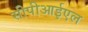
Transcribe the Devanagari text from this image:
सीपीआईएल